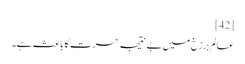
[42]
عالم برزخ میں بے نتیجہ حسرت کا باعث ہے۔